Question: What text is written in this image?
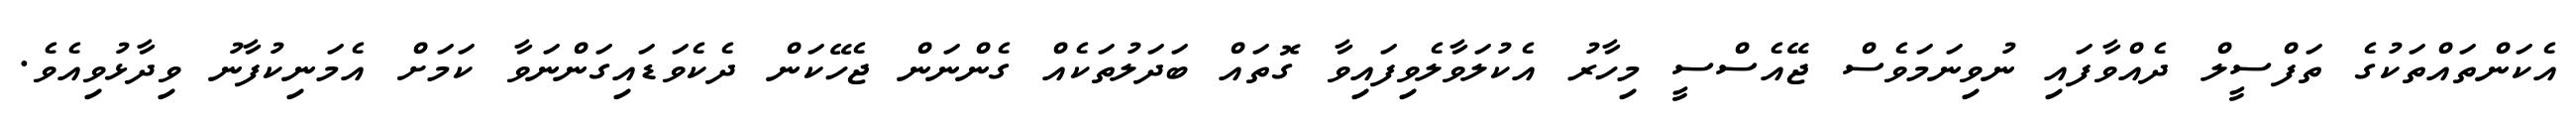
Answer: އެކަންތައްތަކުގެ ތަފްސީލް ދެއްވާފައި ނުވިނަމަވެސް ޖޭއެސްސީ މިހާރު އެކުލަވާލެވިފައިވާ ގޮތައް ބަދަލުތަކެއް ގެންނަން ޖެހޭކަން ދެކެވަޑައިގަންނަވާ ކަމަށް އެމަނިކުފާނު ވިދާޅުވިއެވެ.